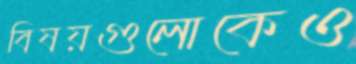
বিষয়গুলোকেও